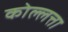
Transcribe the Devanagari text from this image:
कोल्लत्ता